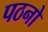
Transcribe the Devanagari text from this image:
पठनो